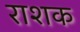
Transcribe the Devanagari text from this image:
राशक